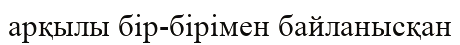
арқылы бір-бірімен байланысқан